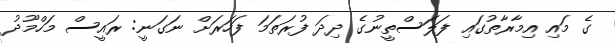
ގެ މައި އިމާރާތުގައި ފަލަސްތީނުގެ ދިދަ ފުރަތަމަ ފަހަރަށް ނަގަނީ: ރައީސް މަހްމޫދު